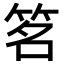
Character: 𬔽